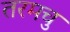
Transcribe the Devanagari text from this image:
तरमचु